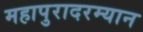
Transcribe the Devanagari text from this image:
महापुरादरम्यान